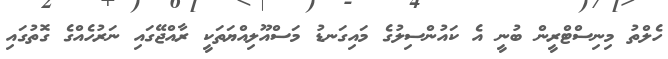
ހެލްތު މިނިސްޓްރީން ބުނީ އެ ކައުންސިލުގެ މައިގަނޑު މަސްއޫލިއްޔަތަކީ ރާއްޖޭގައި ނަރުހެއްގެ ގޮތުގައި